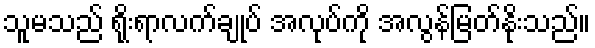
သူမသည် ရိုးရာလက်ချုပ် အလုပ်ကို အလွန်မြတ်နိုးသည်။